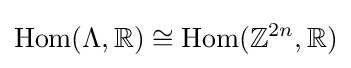
{\text{Hom}}(\Lambda ,\mathbb {R} )\cong {\text{Hom}}(\mathbb {Z} ^{2n},\mathbb {R} )